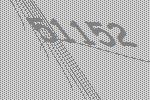
51152